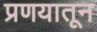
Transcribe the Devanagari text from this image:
प्रणयातून